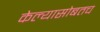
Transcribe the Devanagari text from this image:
केल्यासोबतच